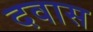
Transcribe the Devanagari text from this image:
दवास